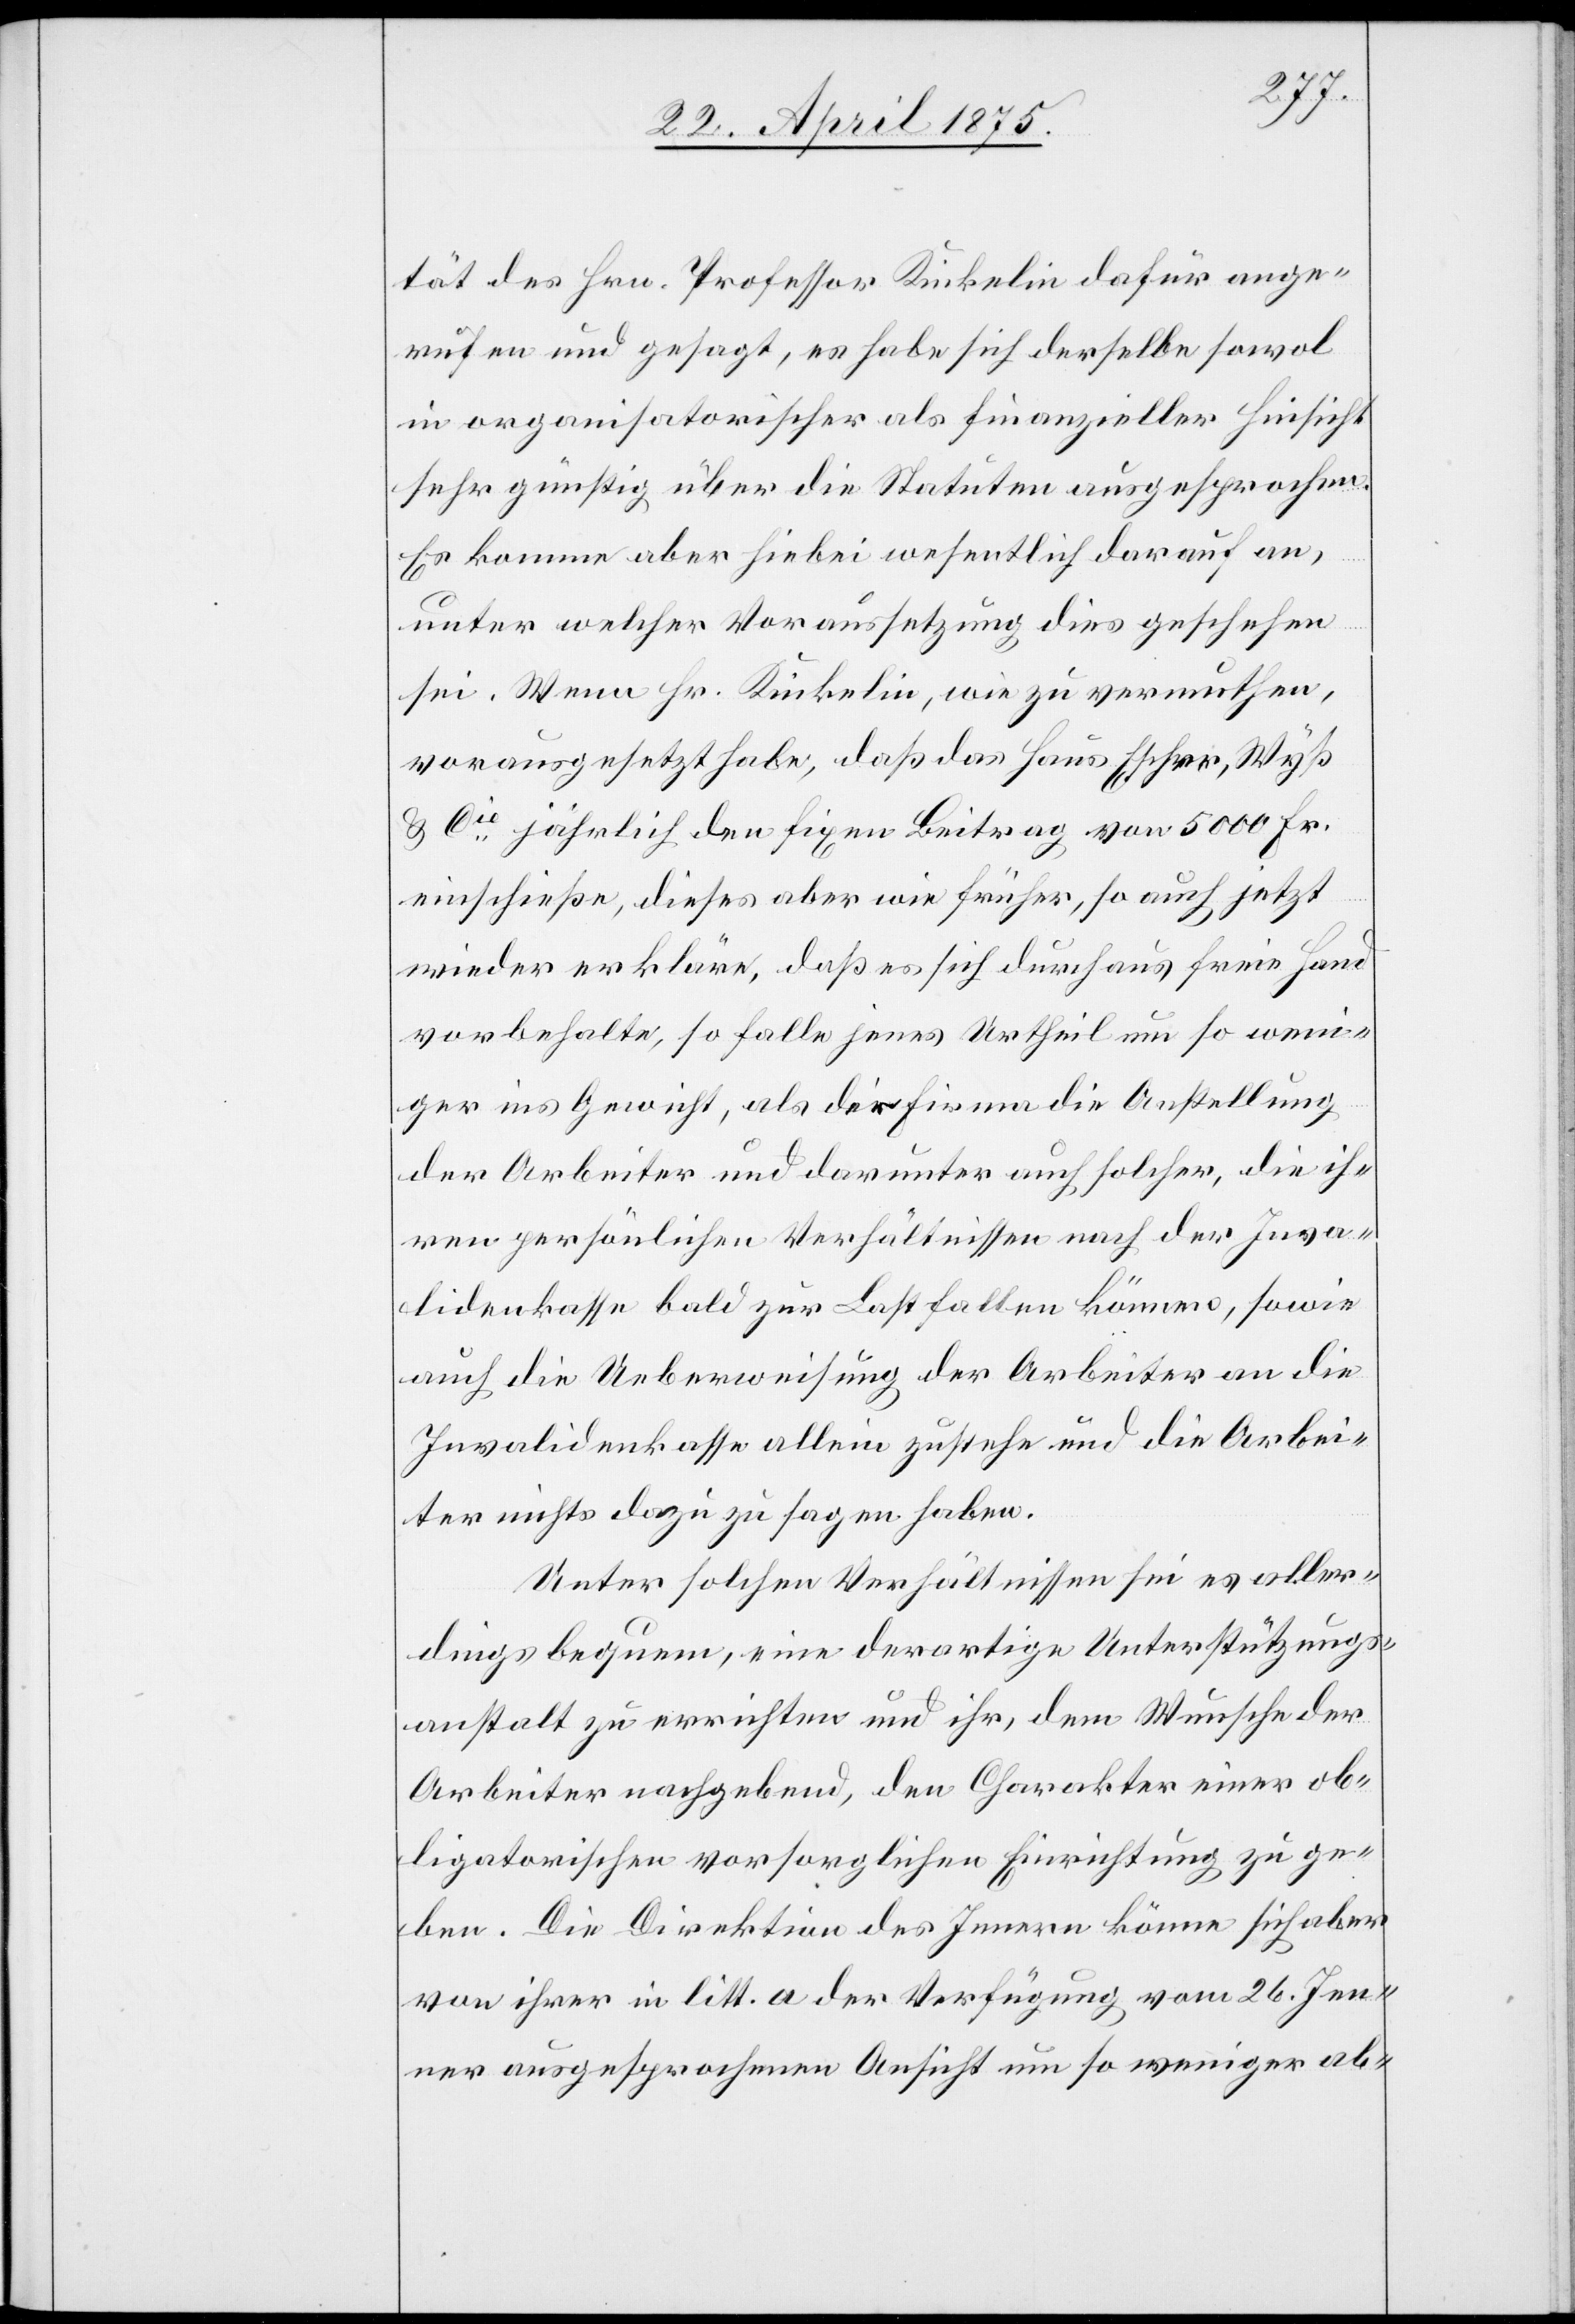
tät des Hrn. Professor Kinkelin dafür ange¬
rufen und gesagt, es habe sich derselbe sowol
in organisatorischer als finanzieller Hinsicht
sehr günstig über die Statuten ausgesprochen.
Es komme aber hiebei wesentlich darauf an,
unter welcher Voraussetzung dies geschehen
sei. Wenn Hr. Kinkelin, wie zu vermuthen,
vorausgesetzt habe, daß das Haus Escher, Wyß
& Cie jährlich den fixen Beitrag von 5000 Fr.
einschließe, dieses aber wie früher, so auch jetzt
wieder erkläre, daß er sich durchaus freie Hand
vorbehalte, so falle jenes Urtheil um so weni¬
ger ins Gewicht, als der Firma die Anstellung
der Arbeiter und darunter auch solcher, die ih¬
ren persönlichen Verhältnissen nach der Inva¬
lidenkasse bald zur Last fallen können, sowie
auch die Ueberweisung der Arbeiter an die
Invalidenkasse allein zustehe und die Arbei¬
ter nichts dazu zu sagen haben.
Unter solchen Verhältnissen sei es aller¬
dings bequem, eine derartige Unterstützungs¬
anstalt zu errichten und ihr, dem Wunsche der
Arbeiter nachgebend, den Charakter einer ob¬
ligatorischen vorsorglichen Einrichtung zu ge¬
ben. Die Direktion des Innern könne sich aber
von ihrer in litt. a der Verfügung vom 26. Jen¬
ner ausgesprochenen Ansicht um so weniger ab-